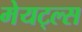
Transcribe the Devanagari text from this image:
मेयट्ल्स